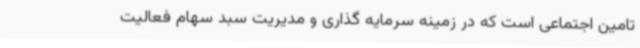
تامین اجتماعی است که در زمینه سرمایه گذاری و مدیریت سبد سهام فعالیت